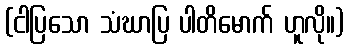
(ငါပြသော သံဃာပြ ပါတိမောက် ဟူလို။)